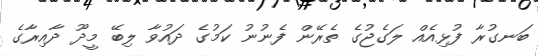
ބަނގުރާ ފުޅިއެއް ލަގެޖުގެ ތެރޭން ފެނުނު ކަމުގެ ދައުވާ ލިބޭ މީދޫ ދާއިރާގެ